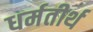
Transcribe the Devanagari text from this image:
धर्मतीर्थ